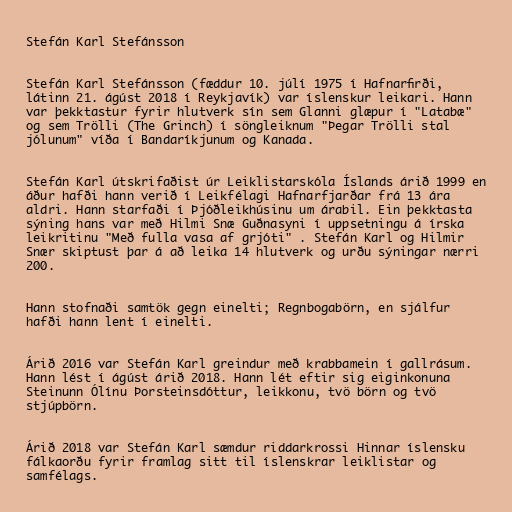
Stefán Karl Stefánsson

Stefán Karl Stefánsson (fæddur 10. júlí 1975 í Hafnarfirði,
látinn 21. ágúst 2018 í Reykjavík) var íslenskur leikari. Hann
var þekktastur fyrir hlutverk sín sem Glanni glæpur í "Latabæ"
og sem Trölli (The Grinch) í söngleiknum "Þegar Trölli stal
jólunum" víða í Bandaríkjunum og Kanada.

Stefán Karl útskrifaðist úr Leiklistarskóla Íslands árið 1999 en
áður hafði hann verið í Leikfélagi Hafnarfjarðar frá 13 ára
aldri. Hann starfaði í Þjóðleikhúsinu um árabil. Ein þekktasta
sýning hans var með Hilmi Snæ Guðnasyni í uppsetningu á írska
leikritinu "Með fulla vasa af grjóti" . Stefán Karl og Hilmir
Snær skiptust þar á að leika 14 hlutverk og urðu sýningar nærri
200.

Hann stofnaði samtök gegn einelti; Regnbogabörn, en sjálfur
hafði hann lent í einelti.

Árið 2016 var Stefán Karl greindur með krabbamein í gallrásum.
Hann lést í ágúst árið 2018. Hann lét eftir sig eiginkonuna
Steinunn Ólínu Þorsteinsdóttur, leikkonu, tvö börn og tvö
stjúpbörn.

Árið 2018 var Stefán Karl sæmdur riddarkrossi Hinnar íslensku
fálkaorðu fyrir framlag sitt til íslenskrar leiklistar og
samfélags.